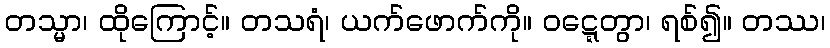
တသ္မာ၊ ထိုကြောင့်။ တသရံ၊ ယက်ဖောက်ကို။ ဝဋ္ဋေတွာ၊ ရစ်၍။ တဿ၊